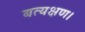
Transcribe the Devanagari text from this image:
बत्यक्षण।